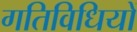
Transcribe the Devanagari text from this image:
गतिविधियों